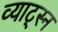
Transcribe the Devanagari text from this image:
व्याट्स्न